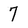
Character: 7